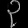
Digit: ၃